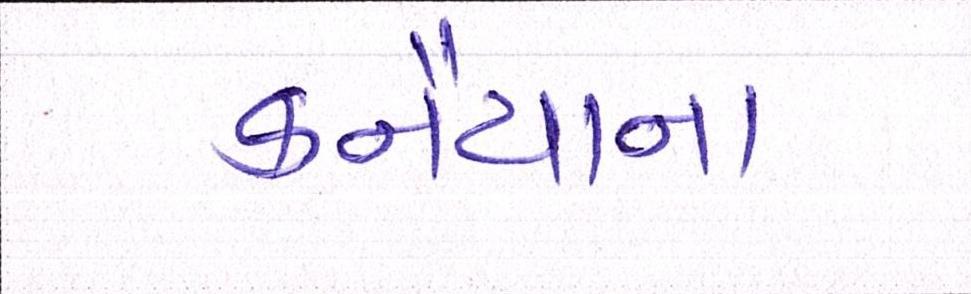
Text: કનૈયાના